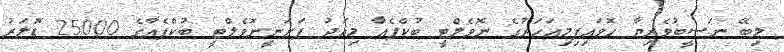
ލިބޭ ނަސީބުވެރިޔާ ހޮވައިފިމިއަހަރުގެ ނޮވެލްޓީ ބުކްފެއާ މިއަދު ފަށަނީނޮވެލްޓީ ބުކްފެއާގެ 25000 ޑޮލަރު